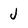
Character: J